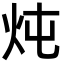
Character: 炖